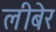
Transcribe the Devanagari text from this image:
लीबेर